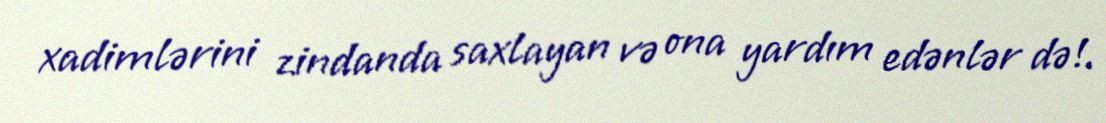
xadimlərini zindanda saxlayan və ona yardım edənlər də!.